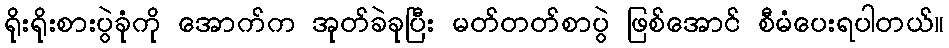
ရိုးရိုးစားပွဲခုံကို အောက်က အုတ်ခဲခုပြီး မတ်တတ်စာပွဲ ဖြစ်အောင် စီမံပေးရပါတယ်။